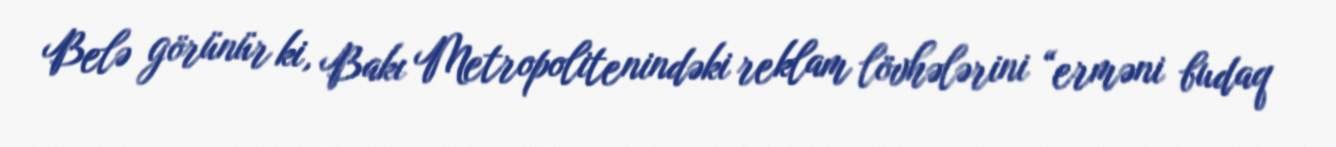
Belə görünür ki, Bakı Metropolitenindəki reklam lövhələrini “erməni budaq